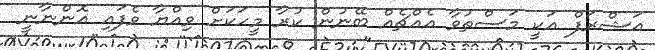
އަޝްރަފް އަކީ މަސްތުވާ އެއްޗެއް ބޭނުން ކުރާ މީހަކަށް ވިއްޔާ ވެފައި އޮންނާނީ